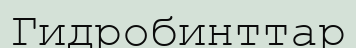
Гидробинттар